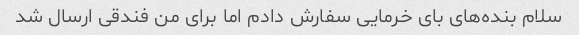
سلام بنده‌های بای خرمایی سفارش دادم اما برای من فندقی ارسال شد